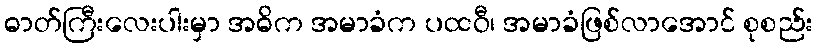
ဓာတ်ကြီးလေးပါးမှာ အဓိက အမာခံက ပထဝီ၊ အမာခံဖြစ်လာအောင် စုစည်း